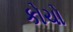
કોચો